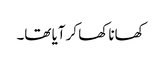
کھانا کھا کر آیا تھا۔